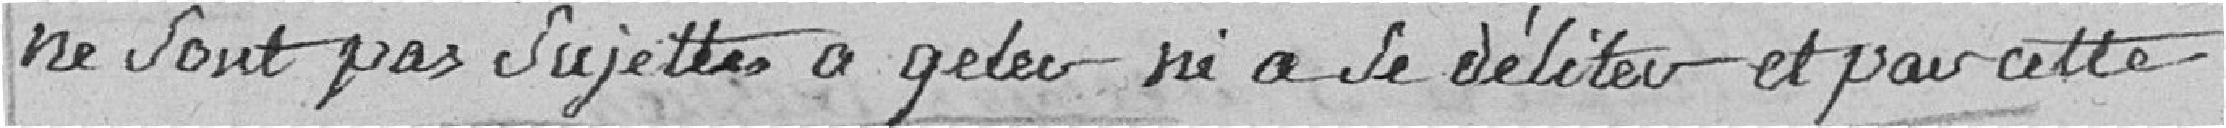
ne sont pas sujettes à geler ni se déliter et pour cette